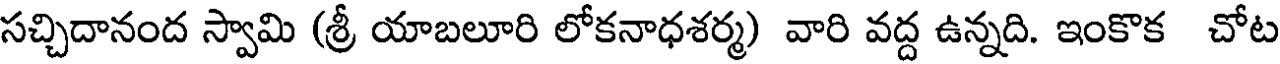
సచ్చిదానంద స్వామి (శ్రీ యాబలూరి లోకనాధశర్మ) వారి వద్ద ఉన్నది. ఇంకొక చోట